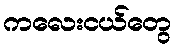
ကလေးငယ်တွေ